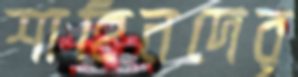
শাহিনদের